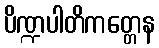
ပိဏ္ဍပါတိကတ္တေန